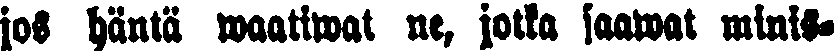
jos häntä waatiwat ne, jotka saawat minis-